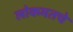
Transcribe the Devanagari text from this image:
लोकमतचे